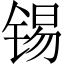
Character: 锡